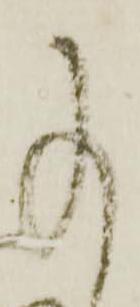
事